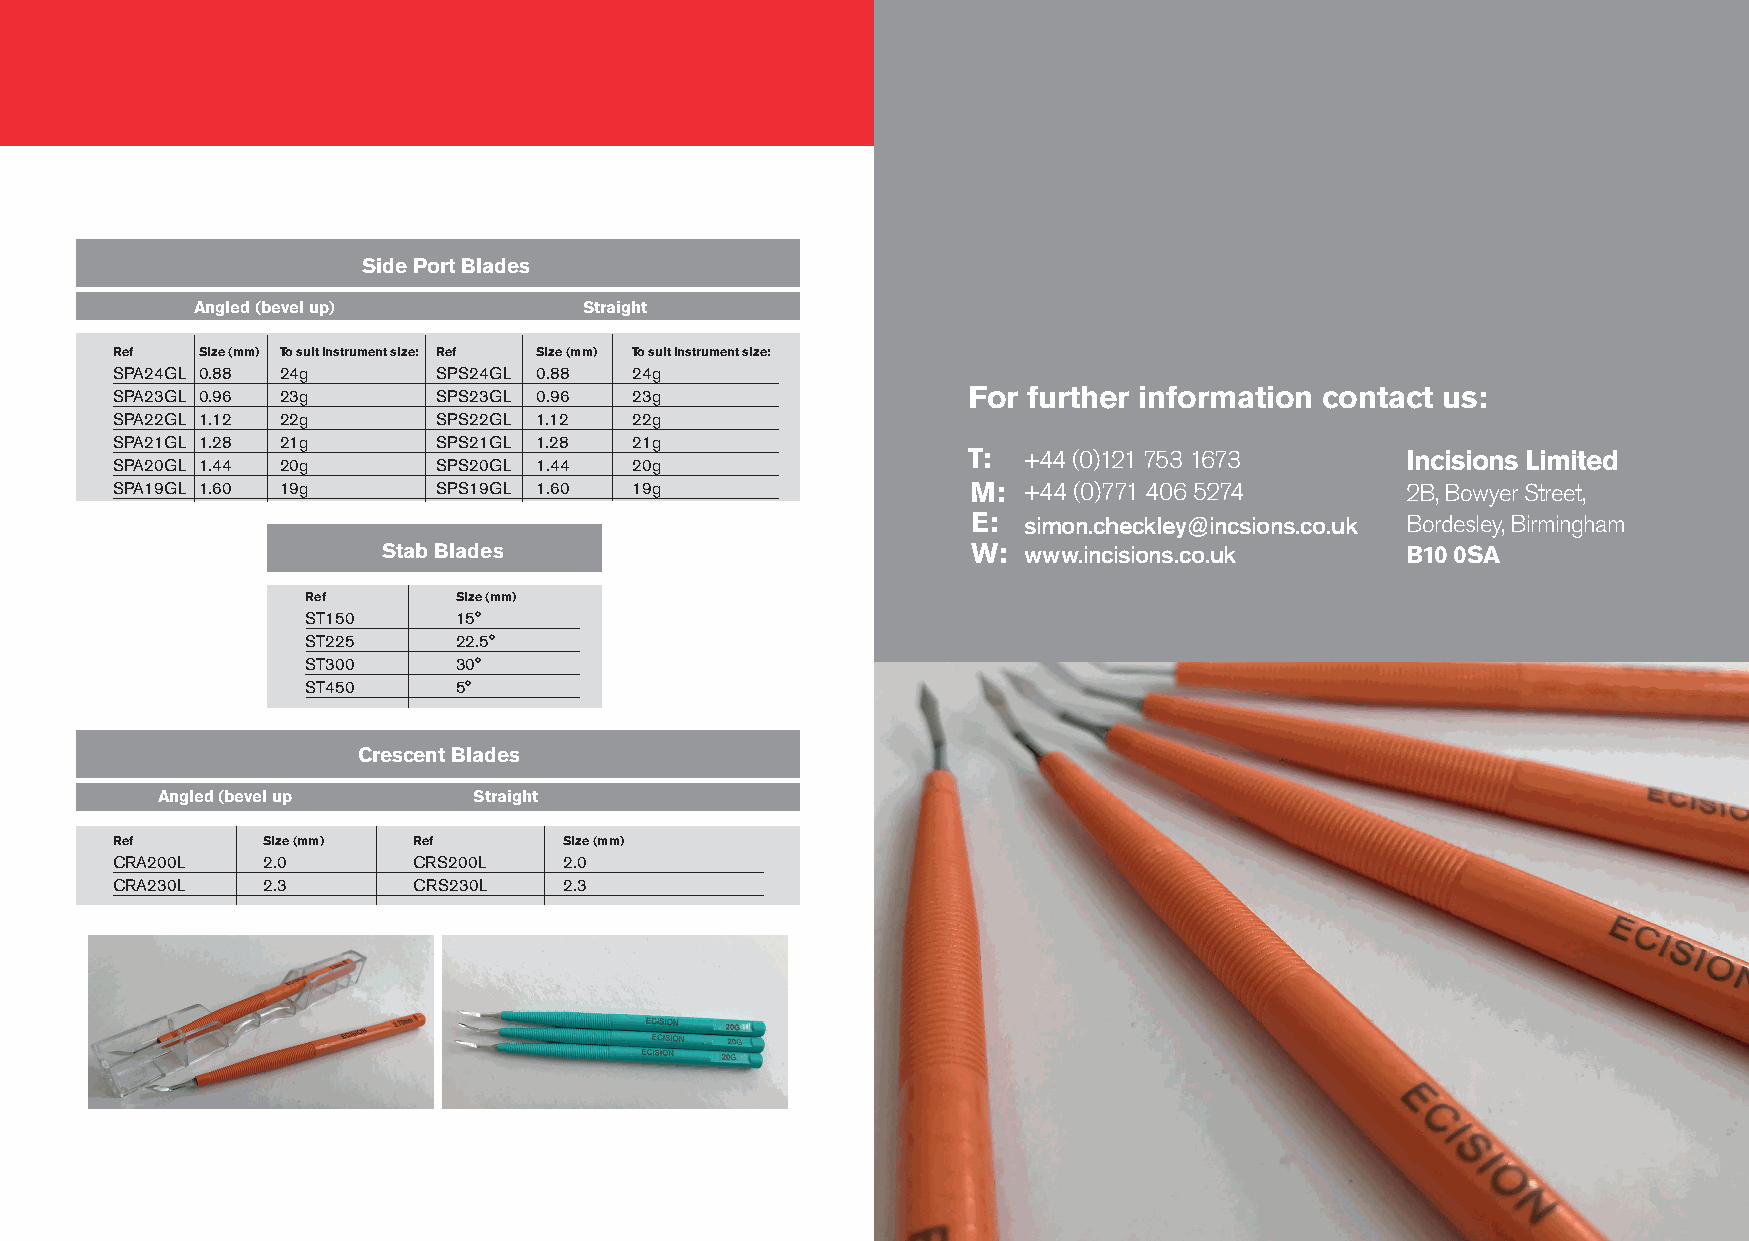
Side Port Blades
 Angled (bevel up)         Straight
 Ref   Size (mm) To suit instrument size: Ref Size (mm) To suit instrument size:
 SPA24GL 0.88 24g      SPS24GL 0.88 24g
 SPA23GL 0.96 23g      SPS23GL 0.96 23g                   For further information contact us:
 SPA22GL 1.12 22g      SPS22GL 1.12 22g
 SPA21GL 1.28 21g      SPS21GL 1.28 21g
 T:  +44 (0)121 753 1673      Incisions Limited
 SPA20GL 1.44 20g      SPS20GL 1.44 20g
 SPA19GL 1.60 19g      SPS19GL 1.60 19g                   M:  +44 (0)771 406 5274      2B, Bowyer Street,
 E:  simon.checkley@incsions.co.uk Bordesley, Birmingham
 Stab Blades                            W:  www.incisions.co.uk      B10 0SA
 Ref       Size (mm)
 ST150     15°
 ST225     22.5°
 ST300     30°
 ST450     5°
 Crescent Blades
 Angled (bevel up     Straight
 Ref       Size (mm) Ref       Size (mm)
 CRA200L   2.0       CRS200L   2.0
 CRA230L   2.3       CRS230L   2.3